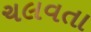
ચલવતા